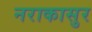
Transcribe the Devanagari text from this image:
नराकासुर